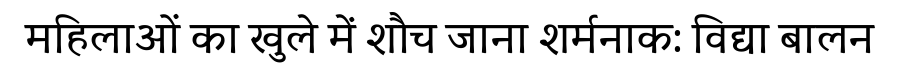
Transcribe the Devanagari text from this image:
महिलाओं का खुले में शौच जाना शर्मनाक: विद्या बालन